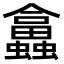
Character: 𧕙